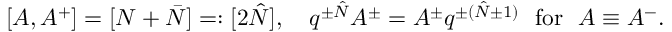
[ A , A ^ { + } ] = [ N + \bar { N } ] = : [ 2 \hat { N } ] , \ \ \ q ^ { \pm \hat { N } } A ^ { \pm } = A ^ { \pm } q ^ { \pm ( \hat { N } \pm 1 ) } \ \ \mathrm { f o r } \ \ A \equiv A ^ { - } .